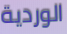
الوردية